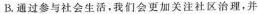
B.通过参与社会生活，我们会更加关注社区治理，并